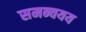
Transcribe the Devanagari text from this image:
समन्वयय